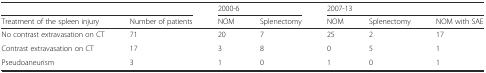
| <COLSPAN=2>  | <COLSPAN=2> 2000-6 | <COLSPAN=3> 2007-13 |
 | Treatment of the spleen injury | Number of patients | NOM | Splenectomy | NOM | Splenectomy | NOM with SAE |
 | --- | --- | --- | --- | --- | --- | --- |
 | No contrast extravasation on CT | 71 | 20 | 7 | 25 | 2 | 17 |
 | Contrast extravasation on CT | 17 | 3 | 8 | 0 | 5 | 1 |
 | Pseudoaneurism | 3 | 1 | 0 | 1 | 0 | 1 |